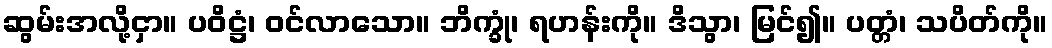
ဆွမ်းအလို့ငှာ။ ပဝိဋ္ဌံ၊ ဝင်လာသော။ ဘိက္ခုံ၊ ရဟန်းကို။ ဒိသွာ၊ မြင်၍။ ပတ္တံ၊ သပိတ်ကို။